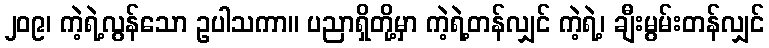
၂၀၉၊ ကဲ့ရဲ့လွန်သော ဥပါသကာ။ ပညာရှိတို့မှာ ကဲ့ရဲ့တန်လျှင် ကဲ့ရဲ့၊ ချီးမွမ်းတန်လျှင်